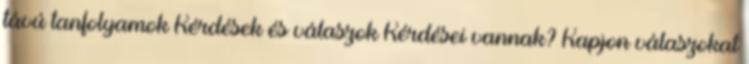
távú tanfolyamok Kérdések és válaszok Kérdései vannak? Kapjon válaszokat